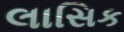
લાસિક